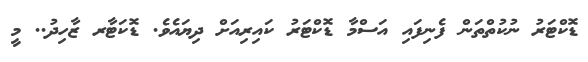
ޑޮކްޓަރު ނުކުތްތަން ފެނިފައި އަސްމާ ޑޮކްޓަރު ކައިރިއަށް ދިޔައެވެ. ޑޮކަޓާރ ޒާހިދު.. މީ